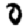
Digit: 0